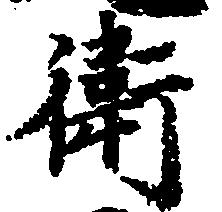
衛